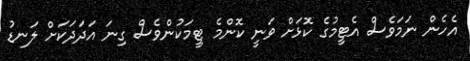
އެހެން ނަމަވެސް އެޓީމުގެ ކޮޅަށް ވަނީ ކޮންމެ ޓީމަކުންވެސް ގިނަ އަދަދަކަށް ލަނޑު